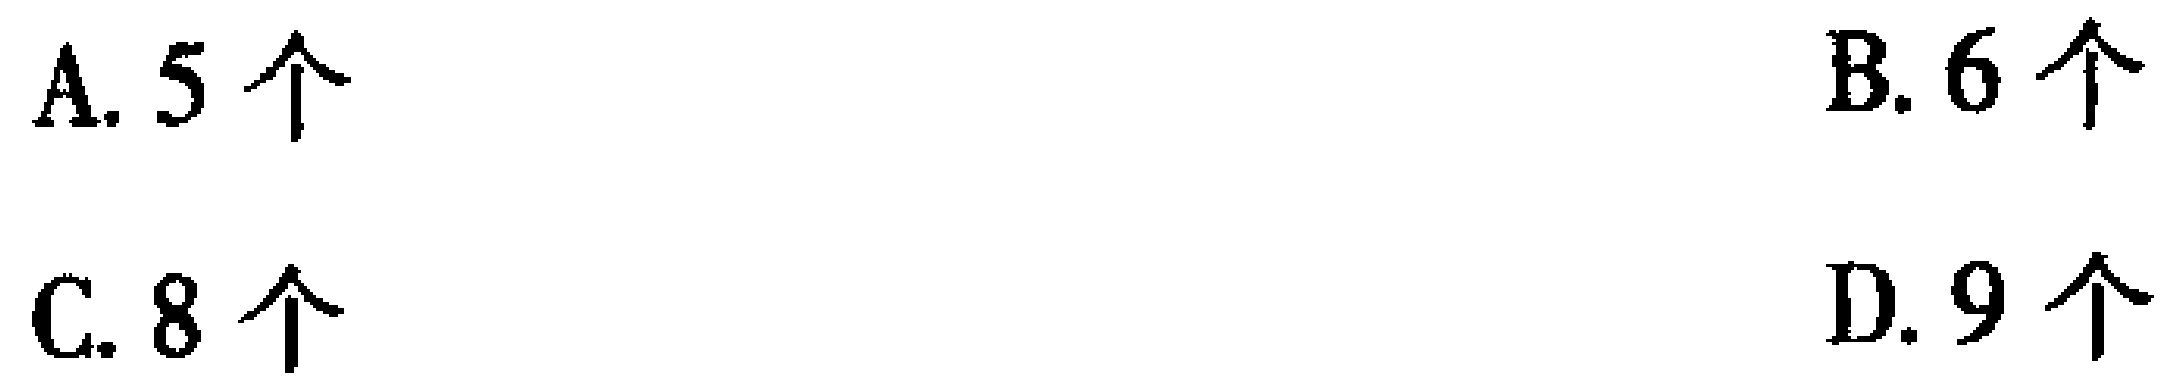
A. 5 个

B. 6 个

C. 8 个

D. 9 个